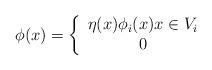
LaTeX: \begin{align*}\phi(x)=\left\{\begin{array}{c}\eta (x)\phi_i(x) x\in V_i \\0 \end{array}\right.\end{align*}